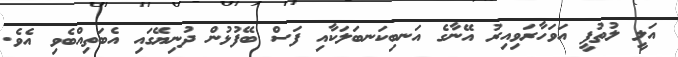
އަލީ ލުތުފީ އަވަހާރަވިއިރު އޭނާގެ އަނބިކަނބަލަކާއި ފަސް ބޭފުޅުން ދުނިޔޭގައި އެބަތިއްބެވި އެވެ.